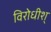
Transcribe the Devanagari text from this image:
विरोधीश्